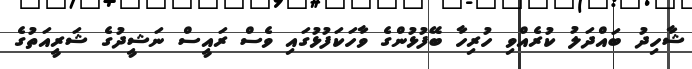
ޝާހިދު ބައްދަލު ކުރެއްވި ހުރިހާ ބޭފުޅުންގެ ވާހަކަފުޅުގައި ވެސް ރައީސް ނަޝީދުގެ ޝަރީއަތުގެ